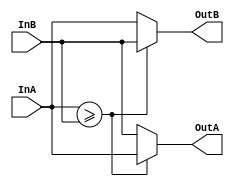
module sorter2 (input [3:0] InA, InB, output reg [3:0] OutA, OutB);

	always @(*) begin	
		if (InA >= InB) begin
			OutA = InA;
			OutB = InB;
		end
		
		else begin
			OutA = InB;
			OutB = InA;
		end
			
	end

endmodule